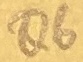
Text: Q6